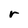
Character: r